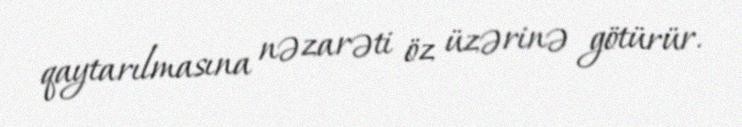
qaytarılmasına nəzarəti öz üzərinə götürür.